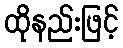
ထိုနည်းဖြင့်